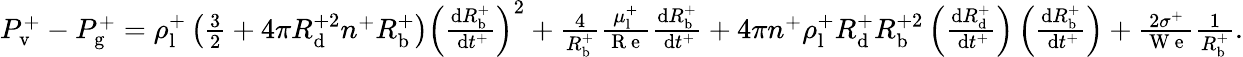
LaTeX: \begin{array}{r}{P_{\mathrm{v}}^{+}-P_{\mathrm{g}}^{+}=\rho_{\mathrm{l}}^{+}\left(\frac{3}{2}+4\pi R_{\mathrm{d}}^{+2}n^{+}R_{\mathrm{b}}^{+}\right)\left(\frac{\mathrm{d}R_{\mathrm{b}}^{+}}{\mathrm{~d}t^{+}}\right)^{2}+\frac{4}{R_{\mathrm{b}}^{+}}\frac{\mu_{\mathrm{l}}^{+}}{\mathrm{~R~e~}}\frac{\mathrm{d}R_{\mathrm{b}}^{+}}{\mathrm{~d}t^{+}}+4\pi n^{+}\rho_{\mathrm{l}}^{+}R_{\mathrm{d}}^{+}R_{\mathrm{b}}^{+2}\left(\frac{\mathrm{d}R_{\mathrm{d}}^{+}}{\mathrm{~d}t^{+}}\right)\left(\frac{\mathrm{d}R_{\mathrm{b}}^{+}}{\mathrm{~d}t^{+}}\right)+\frac{2\sigma^{+}}{\mathrm{~W~e~}}\frac{1}{R_{\mathrm{b}}^{+}}.}\end{array}